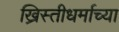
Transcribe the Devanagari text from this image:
ख्रिस्तीधर्माच्या